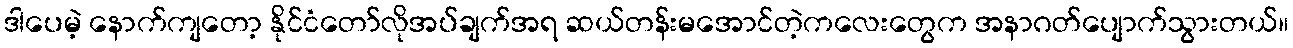
ဒါပေမဲ့ နောက်ကျတော့ နိုင်ငံတော်လိုအပ်ချက်အရ ဆယ်တန်းမအောင်တဲ့ကလေးတွေက အနာဂတ်ပျောက်သွားတယ်။